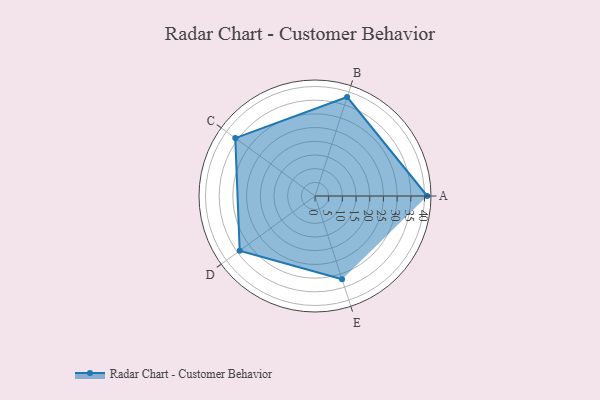
{"axis": {"x": "Skill", "y": "Score"}, "legend": ["Profile"], "data": [{"x": "A", "y": 41.0, "type": "Profile"}, {"x": "B", "y": 38.0, "type": "Profile"}, {"x": "C", "y": 36.0, "type": "Profile"}, {"x": "D", "y": 34.0, "type": "Profile"}, {"x": "E", "y": 32.0, "type": "Profile"}]}